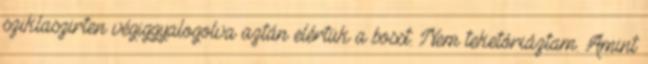
sziklaszirten végiggyalogolva aztán elértük a bosst. Nem teketóriáztam. Amint